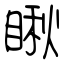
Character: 瞅